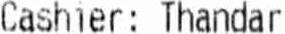
CASHIER: THANDAR